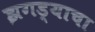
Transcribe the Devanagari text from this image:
झगड्याचा